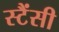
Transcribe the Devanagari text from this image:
स्टैंसी